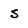
Character: s